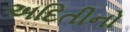
અદિતીનો